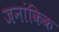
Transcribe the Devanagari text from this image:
जनांकिक